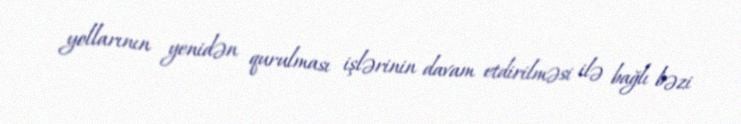
yollarının yenidən qurulması işlərinin davam etdirilməsi ilə bağlı bəzi